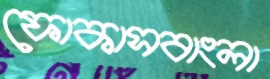
ফোকাসবাংলা